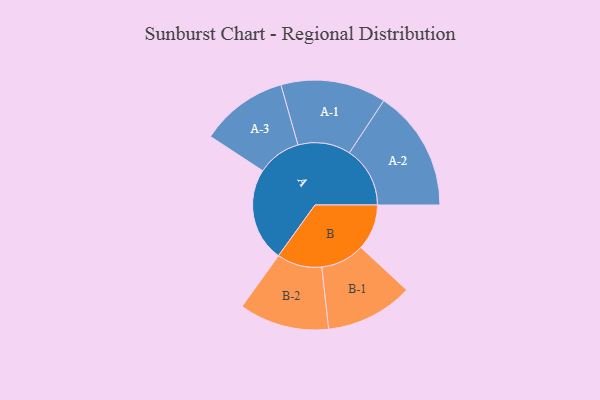
{"axis": {"x": "Segment", "y": "Value"}, "legend": ["", "A", "B"], "data": [{"x": "A", "y": 462, "type": ""}, {"x": "B", "y": 226, "type": ""}, {"x": "A-1", "y": 260, "type": "A"}, {"x": "A-2", "y": 299, "type": "A"}, {"x": "A-3", "y": 216, "type": "A"}, {"x": "B-1", "y": 216, "type": "B"}, {"x": "B-2", "y": 222, "type": "B"}]}